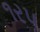
૧રપ